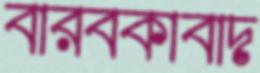
বারবকাবাদ